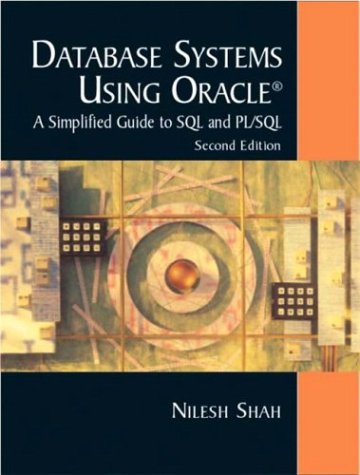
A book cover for Database Systems Using Oracle (2nd Edition); Nilesh Shah; Computers & Technology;